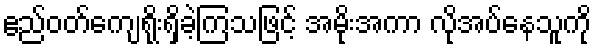
ဧည်ဝတ်ကျေရိုးရှိခဲ့ကြသဖြင့် အမိုးအကာ လိုအပ်နေသူကို